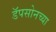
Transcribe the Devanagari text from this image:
डॅपसोनच्या